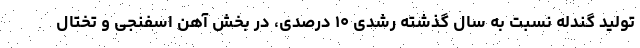
تولید گندله نسبت به سال گذشته رشدی ۱۰ درصدی، در بخش آهن اسفنجی و تختال